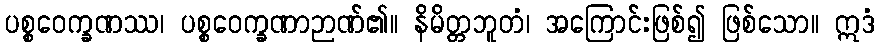
ပစ္စဝေက္ခဏဿ၊ ပစ္စဝေက္ခဏာဉာဏ်၏။ နိမိတ္တဘူတံ၊ အကြောင်းဖြစ်၍ ဖြစ်သော။ ဣဒံ